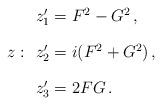
LaTeX: \begin{align*}z:\begin{array}{l}z_1'=F^2-G^2\,,\\[4mm]z_2'=i(F^2+G^2)\,,\\[4mm]z_3'=2FG\,.\end{array}\end{align*}